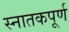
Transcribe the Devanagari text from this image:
स्नातकपूर्ण